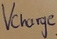
Text: Vcharge